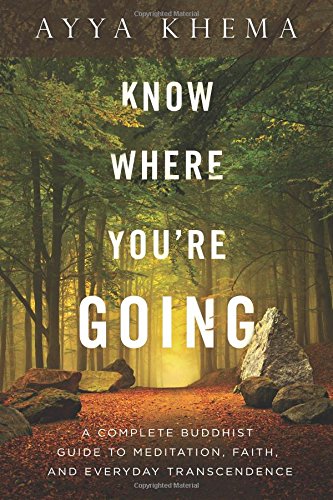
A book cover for Know Where You're Going: A Complete Buddhist Guide to Meditation, Faith, and Everyday Transcendence; Ayya Khema; Religion & Spirituality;